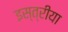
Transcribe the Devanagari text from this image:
इस्त्रीया